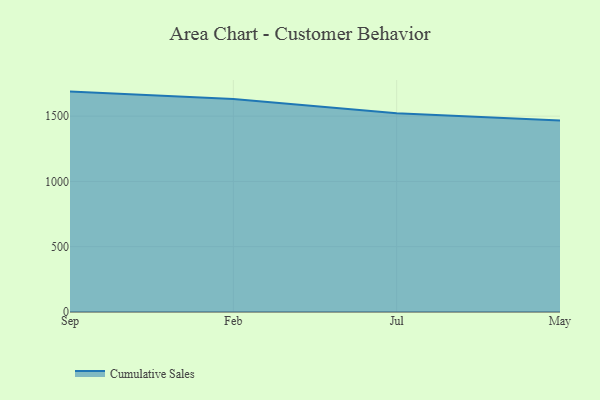
{"axis": {"x": "Month", "y": "Headcount"}, "legend": ["Cumulative Sales"], "data": [{"x": "Sep", "y": 1687.7, "type": "Cumulative Sales"}, {"x": "Feb", "y": 1630.1, "type": "Cumulative Sales"}, {"x": "Jul", "y": 1522.6, "type": "Cumulative Sales"}, {"x": "May", "y": 1466.4, "type": "Cumulative Sales"}]}